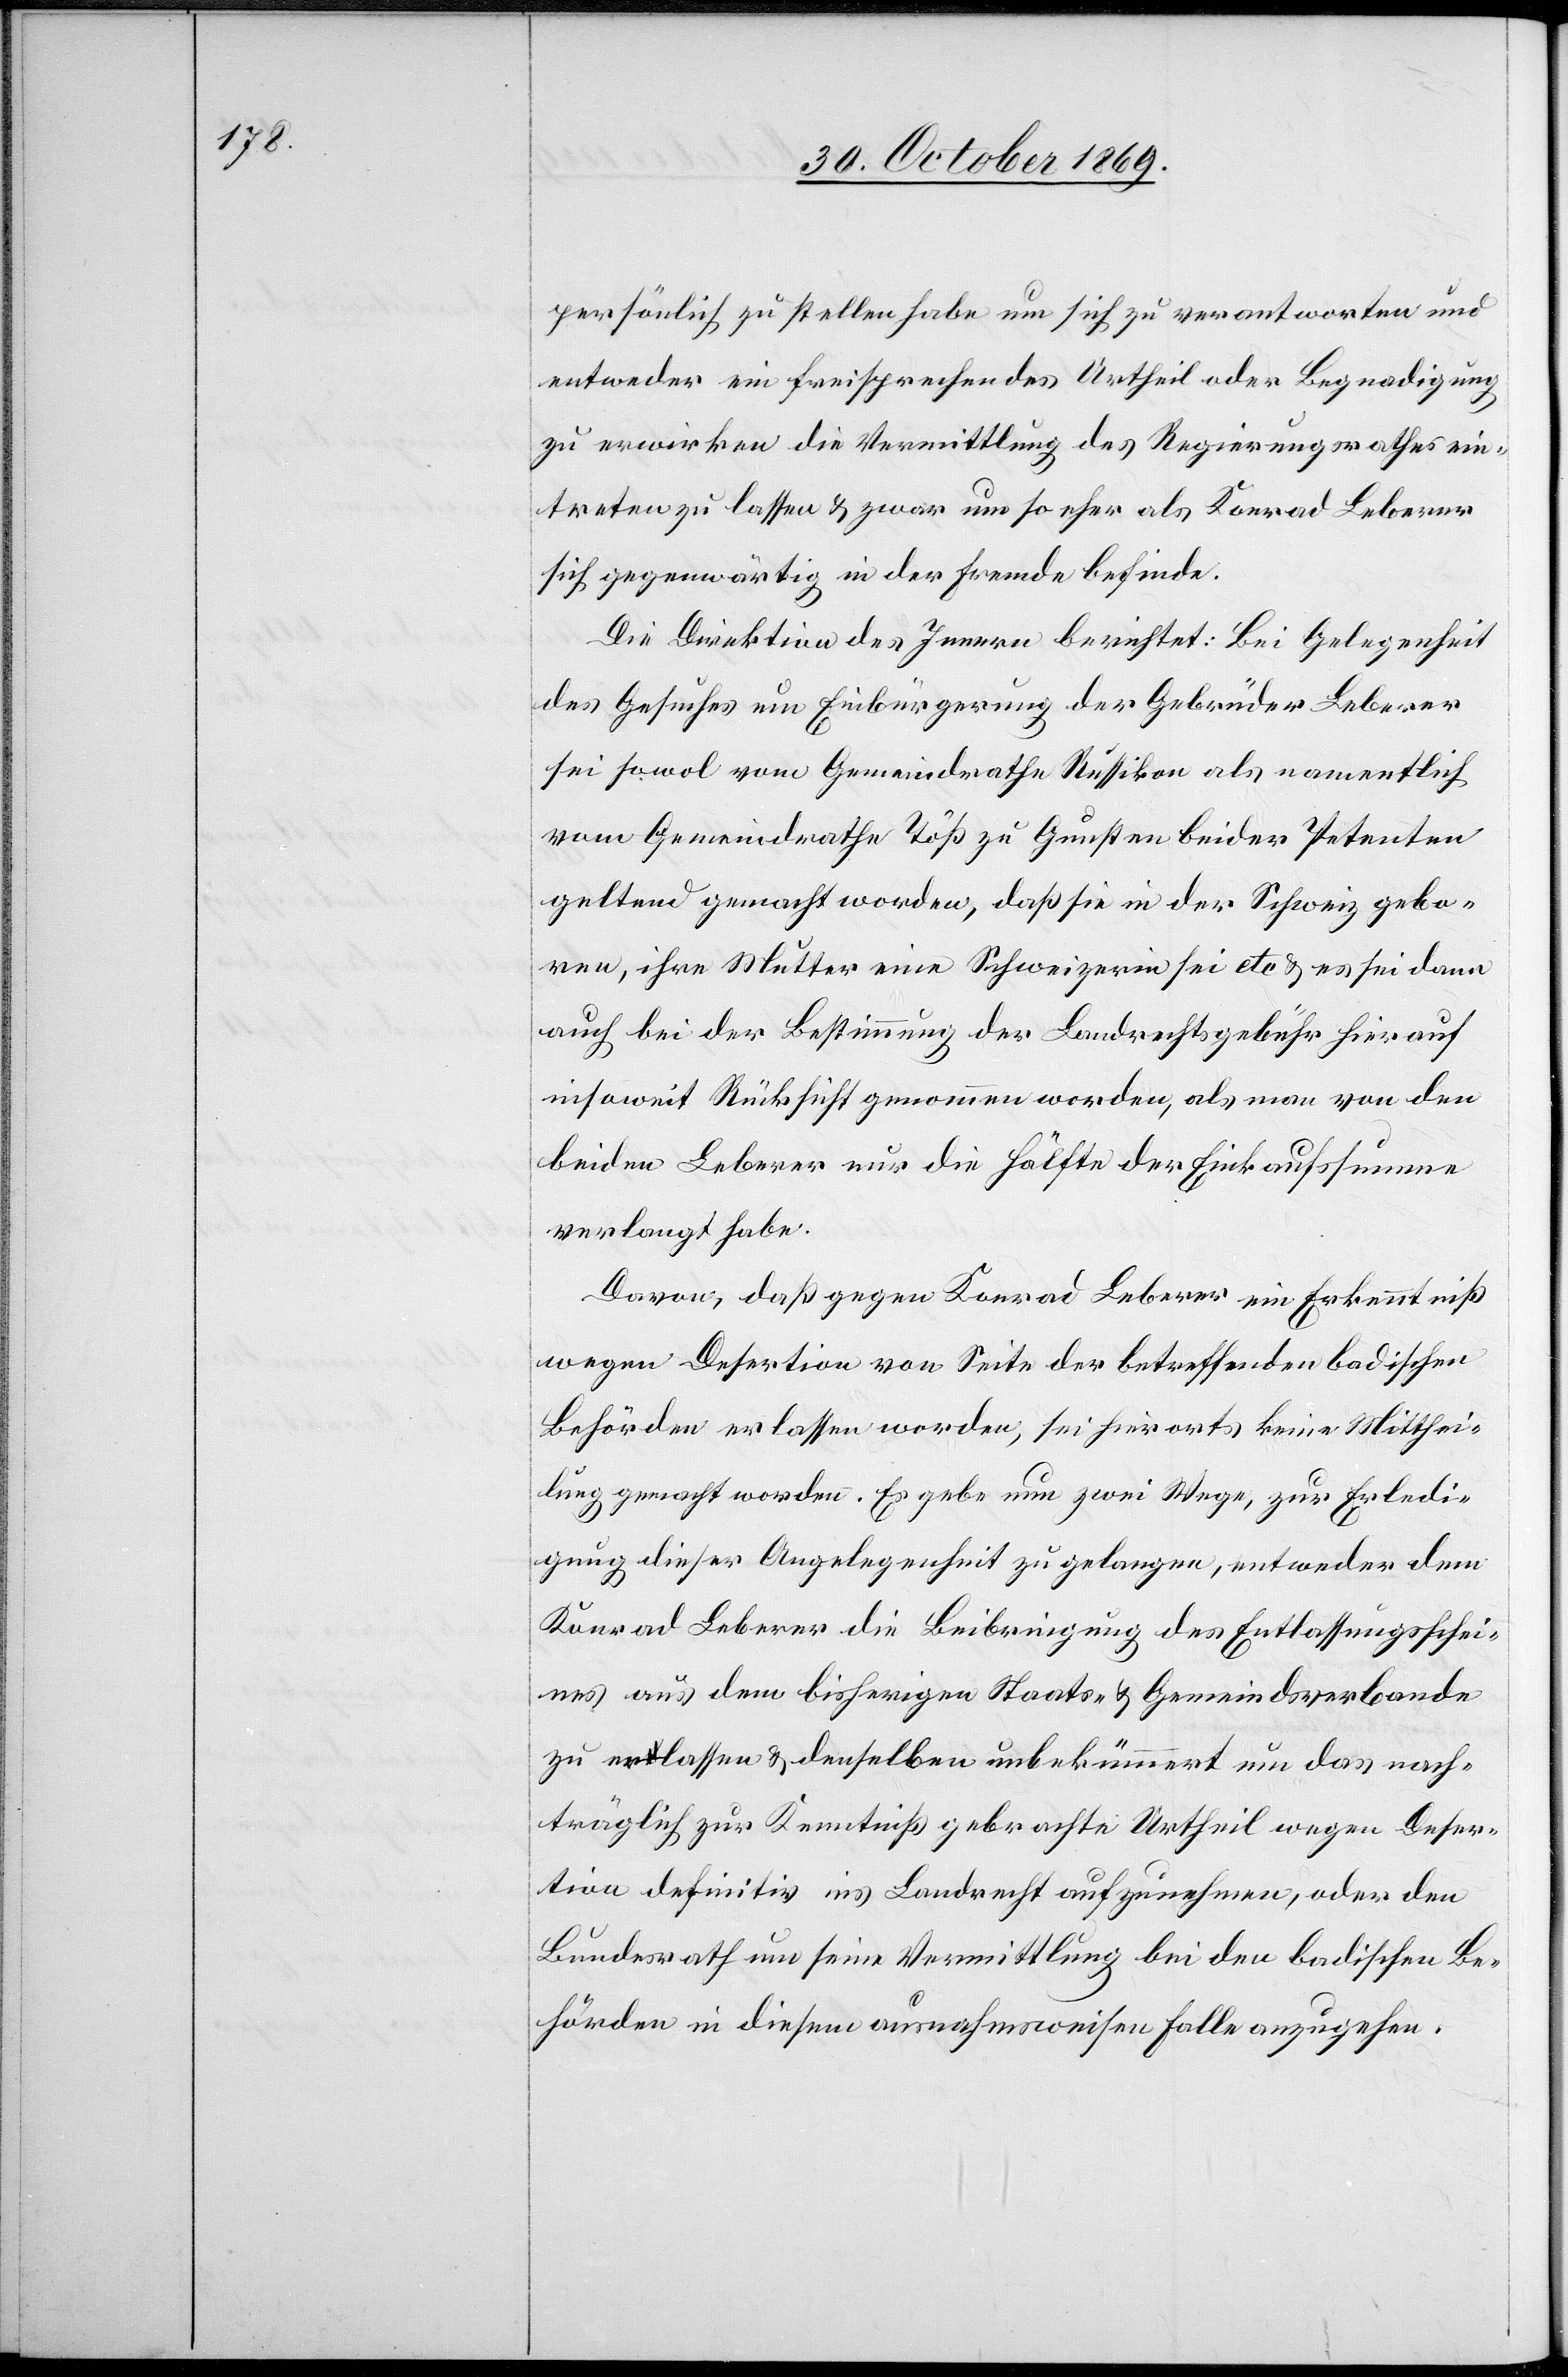
persönlich zu stellen habe um sich zu verantworten und
entweder ein freisprechendes Urtheil oder Begnadigung
zu erwirken die Vermittlung des Regierungsrathes ein¬
treten zu lassen & zwar um so eher als Konrad Leberer
sich gegenwärtig in der Fremde befinde.
Die Direktion des Innern berichtet: Bei Gelegenheit
des Gesuches um Einbürgerung der Gebrüder Leberer
sei sowol vom Gemeindrathe Russikon als namentlich
vom Gemeindrathe Töß zu Gunsten beider Petenten
geltend gemacht worden, daß sie in der Schweiz gebo¬
ren, ihre Mutter eine Schweizerin sei etc. & es sei dann
auch bei der Bestimmung der Landrechtsgebühr hierauf
insoweit Rücksicht genommen worden, als man von den
beiden Leberer nur die Hälfte der Einkaufssumme
verlangt habe.
Davon, daß gegen Konrad Leberer ein Erkenntniß
wegen Desertion von Seite der betreffenden badischen
Behörden erlassen worden, sei hierorts keine Mitthei¬
lung gemacht worden. Es gebe nun zwei Wege, zur Erledi¬
gung dieser Angelegenheit zu gelangen, entweder dem
Konrad Leberer die Beibringung des Entlassungsschei¬
nes aus dem bisherigen Staats- & Gemeindsverbande
zu erlassen & denselben unbekümmert um das nach¬
träglich zur Kenntniß gebrachte Urtheil wegen Deser¬
tion definitiv ins Landrecht aufzunehmen, oder den
Bundesrath um seine Vermittlung bei den badischen Be¬
hörden in diesem ausnahmsweisen Falle anzugehen.